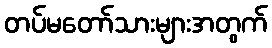
တပ်မတော်သားများအတွက်